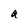
Character: a